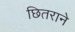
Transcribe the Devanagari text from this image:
छितराने